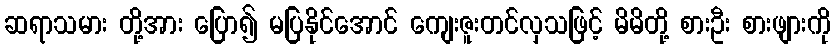
ဆရာသမား တို့အား ပြော၍ မပြနိုင်အောင် ကျေးဇူးတင်လှသဖြင့် မိမိတို့ စားဦး စားဖျားကို